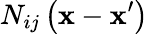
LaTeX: N_{ij}\left(\mathbf{x}-\mathbf{x}^{\prime}\right)